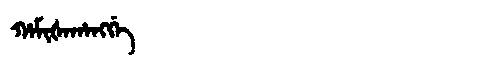
Manchu: ᡥᠠᠮᡳᡧᠠᡥᠠᠩᡤᡝ
Romanization: HAMIŠAHANGGE